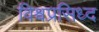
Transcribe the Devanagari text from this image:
विश्वप्रसिध्द